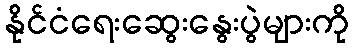
နိုင်ငံရေးဆွေးနွေးပွဲများကို